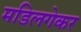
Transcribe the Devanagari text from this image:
मडिलगेकर